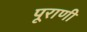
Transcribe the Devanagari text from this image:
पूराणी